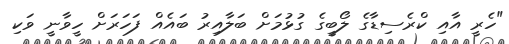
"ހެރީ އާއި ކްރެސިޑާގެ ލޯބީގެ ގުޅުމަށް ބަލާއިރު ބައެއް ފަހަރަށް ހީވާނީ ވަކި